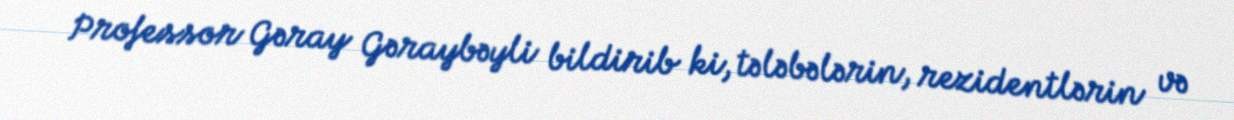
Professor Gəray Gəraybəyli bildirib ki, tələbələrin, rezidentlərin və